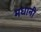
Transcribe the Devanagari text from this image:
मधानी